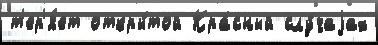
т'ер'я́ет откры́той Кра́сный слу́чаjах